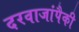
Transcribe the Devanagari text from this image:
दरवाजांपैकी